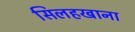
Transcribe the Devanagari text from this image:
सिलहखाना